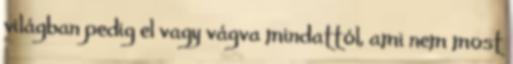
világban pedig el vagy vágva mindattól, ami nem most